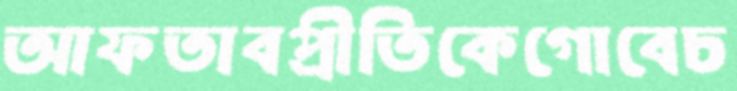
আফতাবপ্রীতিকেগোবেচ